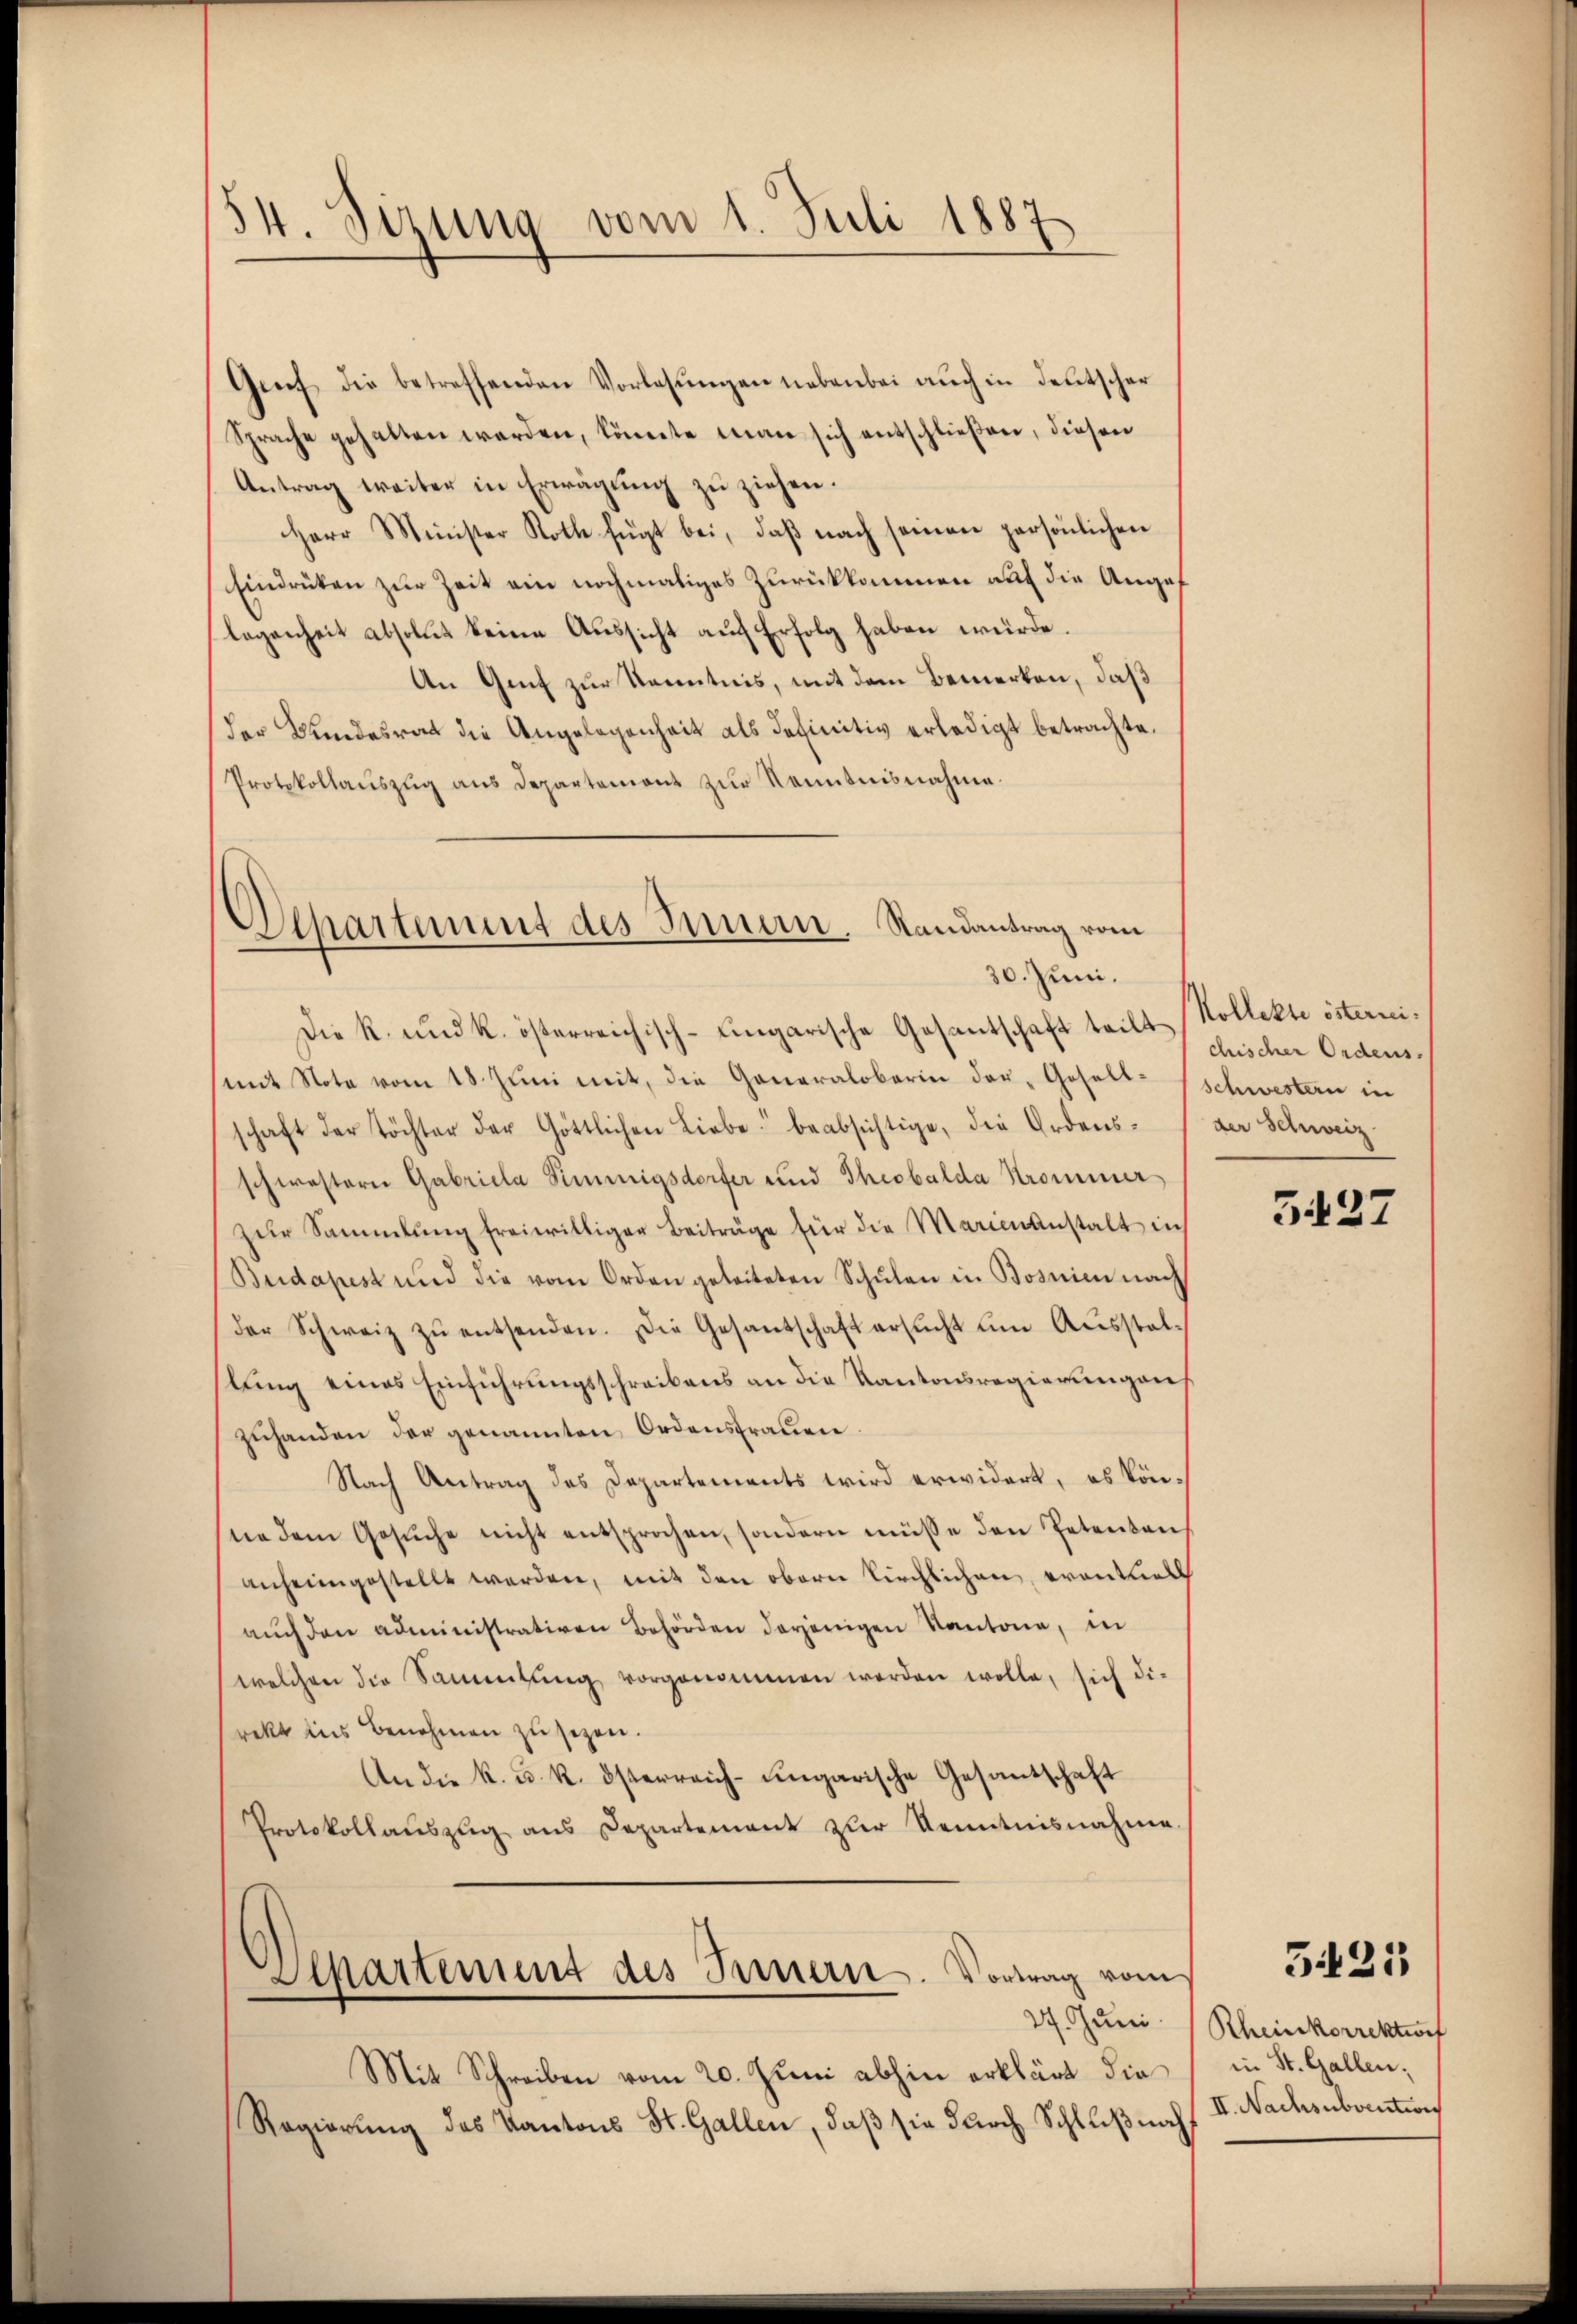
54. Sizung vom 1. Juli 1887.

Genf die betreffenden Vorlesungen nebenbei auch in deutscher
Sprache gehalten werden, könnte man sich entschließen, diesen
Antrag weiter in Erwägŭng zŭ ziehen.
Herr Minister Roth fügt bei, daβ nach seinen persönlichen
Eindrucken zur Zeit ein nochmaliges Zurückkommen auf die Angelegenheit absolut keine Aussicht auf Erfolg haben würde.
An Genf zur Kenntnis, mit dem Bemerken, daß
der Bundesrat die Angelegenheit als definitiv erledigt betrachte.
Protokollauszug aus Departemont zur Kenntnisnahme.

Eepartement des Innern. Randantrag vom
30. Juni.

Die R. und k. österreichisch-Eingarische Gesantschaft teilt Kollekte österrei¬
(mit Note vom 18. Jŭni mit, die Generalobarin der „Gesell-Schwestern in
schaft der Töchter der Göttlichen Liebe beabsichtige, die Ordens-
schwestere Gabriela Simmigsdorfer und Theobalda Strommer
zŭr Sammlung freiwilliger Beiträge für die Marienanstalt in
Budapest und die vom Orden geleiteten Schŭlen in Bosnien nach
der Schweiz zŭ entsenden. Die Gesantschaft ersucht um Ausstalslung eines Einführungsschreibens an die Kantonsregierungen,
zuhanden der genannten Ordensfrauen.
Nach Antrag des Departements wird erwidert, es könne dem Gesŭche nicht entsprochen, sondern müsse den Petenten
anheimgestellt werden, mit den obern Kirchlichen, eranthal
aŭch den administrativen Behörden derjenigen Kantone, in
welchen die Sammtŭng vorgenommen werden wolle, sich die
rekt ins Benehmen zu sezen.
An die k. u. k. österreich-ungarische Gesantschaft
Protokollaŭszŭg ans Departement zŭr Kenntnisnahme.

Separtement des Innern. Vortrag vom
27. Juni.

Mit Schreiben vom 20. Juni abhin erklärt die
Regierung des Kantons St. Gallen, daß sie durch Schluß nach

chischer Ordens.
der Schweiz.

5127

5425

Rheinkorrektion
in St. Gallen;
II. Nachsubventions